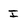
Character: I